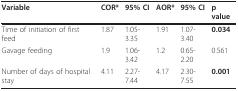
<table><thead><tr><td><b>Variable</b></td><td><b>COR*</b></td><td><b>95% CI</b></td><td><b>AOR*</b></td><td><b>95% CI</b></td><td><b>p value</b></td></tr></thead><tbody><tr><td>Time of initiation of first feed</td><td>1.87</td><td>1.05-3.35</td><td>1.91</td><td>1.07-3.40</td><td><b>0.034</b></td></tr><tr><td>Gavage feeding</td><td>1.9</td><td>1.06-3.42</td><td>1.2</td><td>0.65-2.20</td><td>0.561</td></tr><tr><td>Number of days of hospital stay</td><td>4.11</td><td>2.27-7.44</td><td>4.17</td><td>2.30-7.55</td><td><b>0.001</b></td></tr></tbody></table>